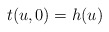
\begin{align*} t(u,0)=h(u)\end{align*}